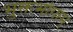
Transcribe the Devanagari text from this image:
भुक्तभोगाम्‌